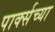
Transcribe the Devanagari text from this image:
पार्क्सच्या